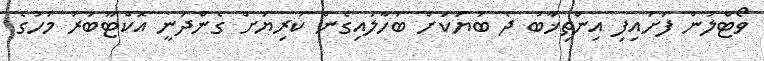
ވޯޓްލުން ފަށައިފި އިންތިޚާބު ދެ ބަޔަކަށް ބަހާލައިގެން ކުރިޔަށް ގެންދަނީ އޮކްޓޫބަރު މަހުގެ